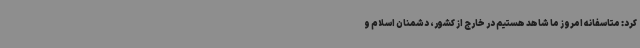
کرد: متاسفانه امروز ما شاهد هستیم در خارج از کشور، دشمنان اسلام و